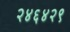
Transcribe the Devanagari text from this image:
२४६४२९